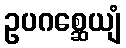
ဥပဂစ္ဆေယျံ